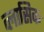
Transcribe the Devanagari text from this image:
व्लासिक